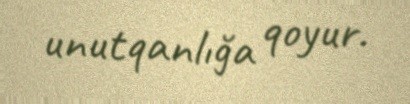
unutqanlığa qoyur.